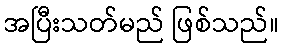
အပြီးသတ်မည် ဖြစ်သည်။